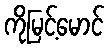
ကိုမြင့်မောင်